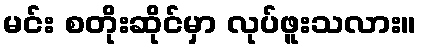
မင်း စတိုးဆိုင်မှာ လုပ်ဖူးသလား။